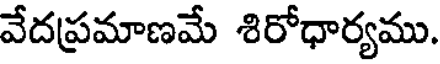
వేదప్రమాణమే శిరోధార్యము.